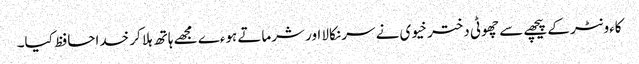
کاءونٹر کے پیچھے سے چھوٹی دختر خیوی نے سر نکالا اور شرماتے ہوءے مجھے ہاتھ ہلا کر خداحافظ کیا۔